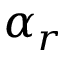
\alpha _ { r }